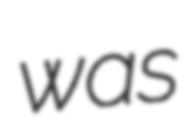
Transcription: was